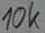
Text: 10k